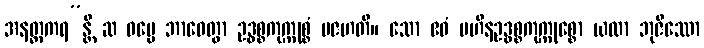
အနတ္ထကရ”န္တိ ဆ ဓမ္မေ ဘာဝေတွာ ဥဒ္ဓစ္စကုက္ကုစ္စံ ပဇဟတိ။ သော ဧဝံ ပဟီနဥဒ္ဓစ္စကုက္ကုစ္စော ယထာ ဘုဇိဿော